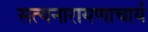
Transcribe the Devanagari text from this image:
सत्यनारायणाचार्य